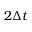
2 \Delta t